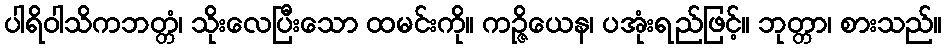
ပါရိဝါသိကဘတ္တံ၊ သိုးလေပြီးသော ထမင်းကို။ ကဉ္ဇိယေန၊ ပအုံးရည်ဖြင့်။ ဘုတ္တာ၊ စားသည်။